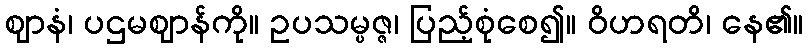
ဈာနံ၊ ပဌမဈာန်ကို။ ဥပသမ္ပဇ္ဇ၊ ပြည့်စုံစေ၍။ ဝိဟရတိ၊ နေ၏။